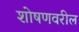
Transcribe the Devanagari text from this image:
शोषणवरील